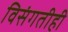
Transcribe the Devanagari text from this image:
विसंगतीही